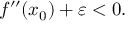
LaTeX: f ^ { \prime \prime } ( x _ { 0 } ) + \varepsilon < 0 .